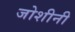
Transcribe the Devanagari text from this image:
जोशीनी